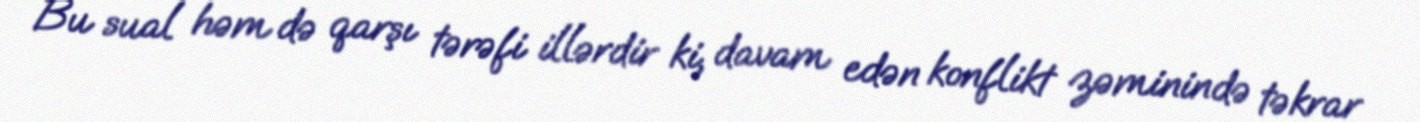
Bu sual həm də qarşı tərəfi illərdir ki, davam edən konflikt zəminində təkrar